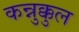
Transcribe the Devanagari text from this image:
कन्नुक्कुल